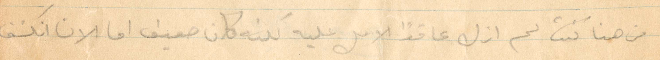
من هنا كنت لم ازل عاقدًا الأمل عليه. لكنه كان ضعيف اما الان انكشف